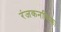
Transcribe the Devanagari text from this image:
रंजकनकिका